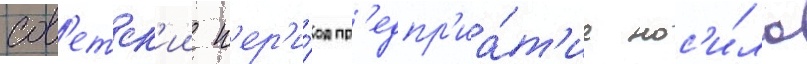
сов'етск'ии п'ер'и́од пр'едпр'иа́т'ие нос'и́ло